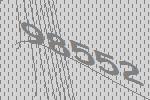
98552